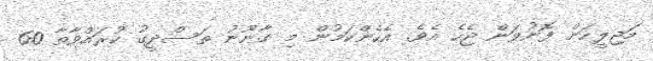
މަޖިލީހަށް ފޮނުވަން ޖެހެ އެވެ. އެހެންކަމުން މި ގާނޫނު ތަސްދީގު ކުރައްވާތާ 60